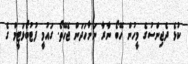
ކުޅެ ދެޖިންސުގެ މީހުން ހޭބޯ ނާރާ ނަށާހަދަން ޖެހޭތޯ. ގައުމީ ފުޓުބޯޅަޓީމް ގެ